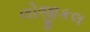
લોજીકલ